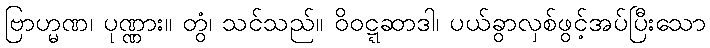
ဗြာဟ္မဏ၊ ပုဏ္ဏား။ တွံ၊ သင်သည်။ ဝိဝဋ္ဋဆာဒါ၊ ပယ်ခွာလှစ်ဖွင့်အပ်ပြီးသော